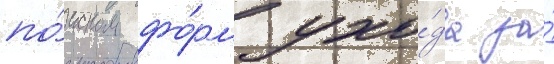
по́иском фо́рм ухо́да за́